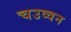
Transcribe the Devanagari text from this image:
चउव्वन